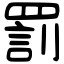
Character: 罰